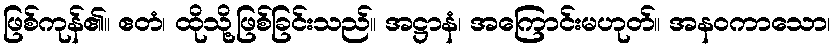
ဖြစ်ကုန်၏။ ဧတံ၊ ထိုသို့ဖြစ်ခြင်းသည်။ အဋ္ဌာနံ၊ အကြောင်းမဟုတ်။ အနဝကာသော၊